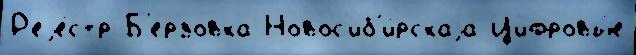
Р'еjе́стр Б'ер'́зовка Новос'иб'и́рскаjа Цифровы́е